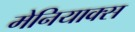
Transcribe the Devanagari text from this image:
मेनियाक्स